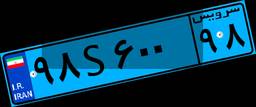
۹۶S۴۲۱۸۷